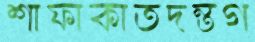
শাফাকাতদন্তগ